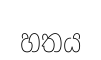
හතය